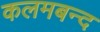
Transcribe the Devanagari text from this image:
कलमबन्द